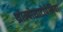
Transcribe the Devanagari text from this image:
थ्रोम्बोसाटोपेनिया